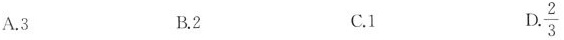
A.3 B.2 C.1 D.\frac{2}{3}